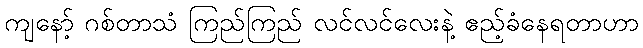
ကျနော့် ဂစ်တာသံ ကြည်ကြည် လင်လင်လေးနဲ့ ဧည့်ခံနေရတာဟာ